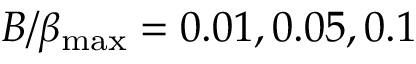
B / \beta _ { \mathrm { m a x } } = 0 . 0 1 , 0 . 0 5 , 0 . 1